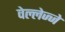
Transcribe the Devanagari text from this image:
वेल्लेज्जे